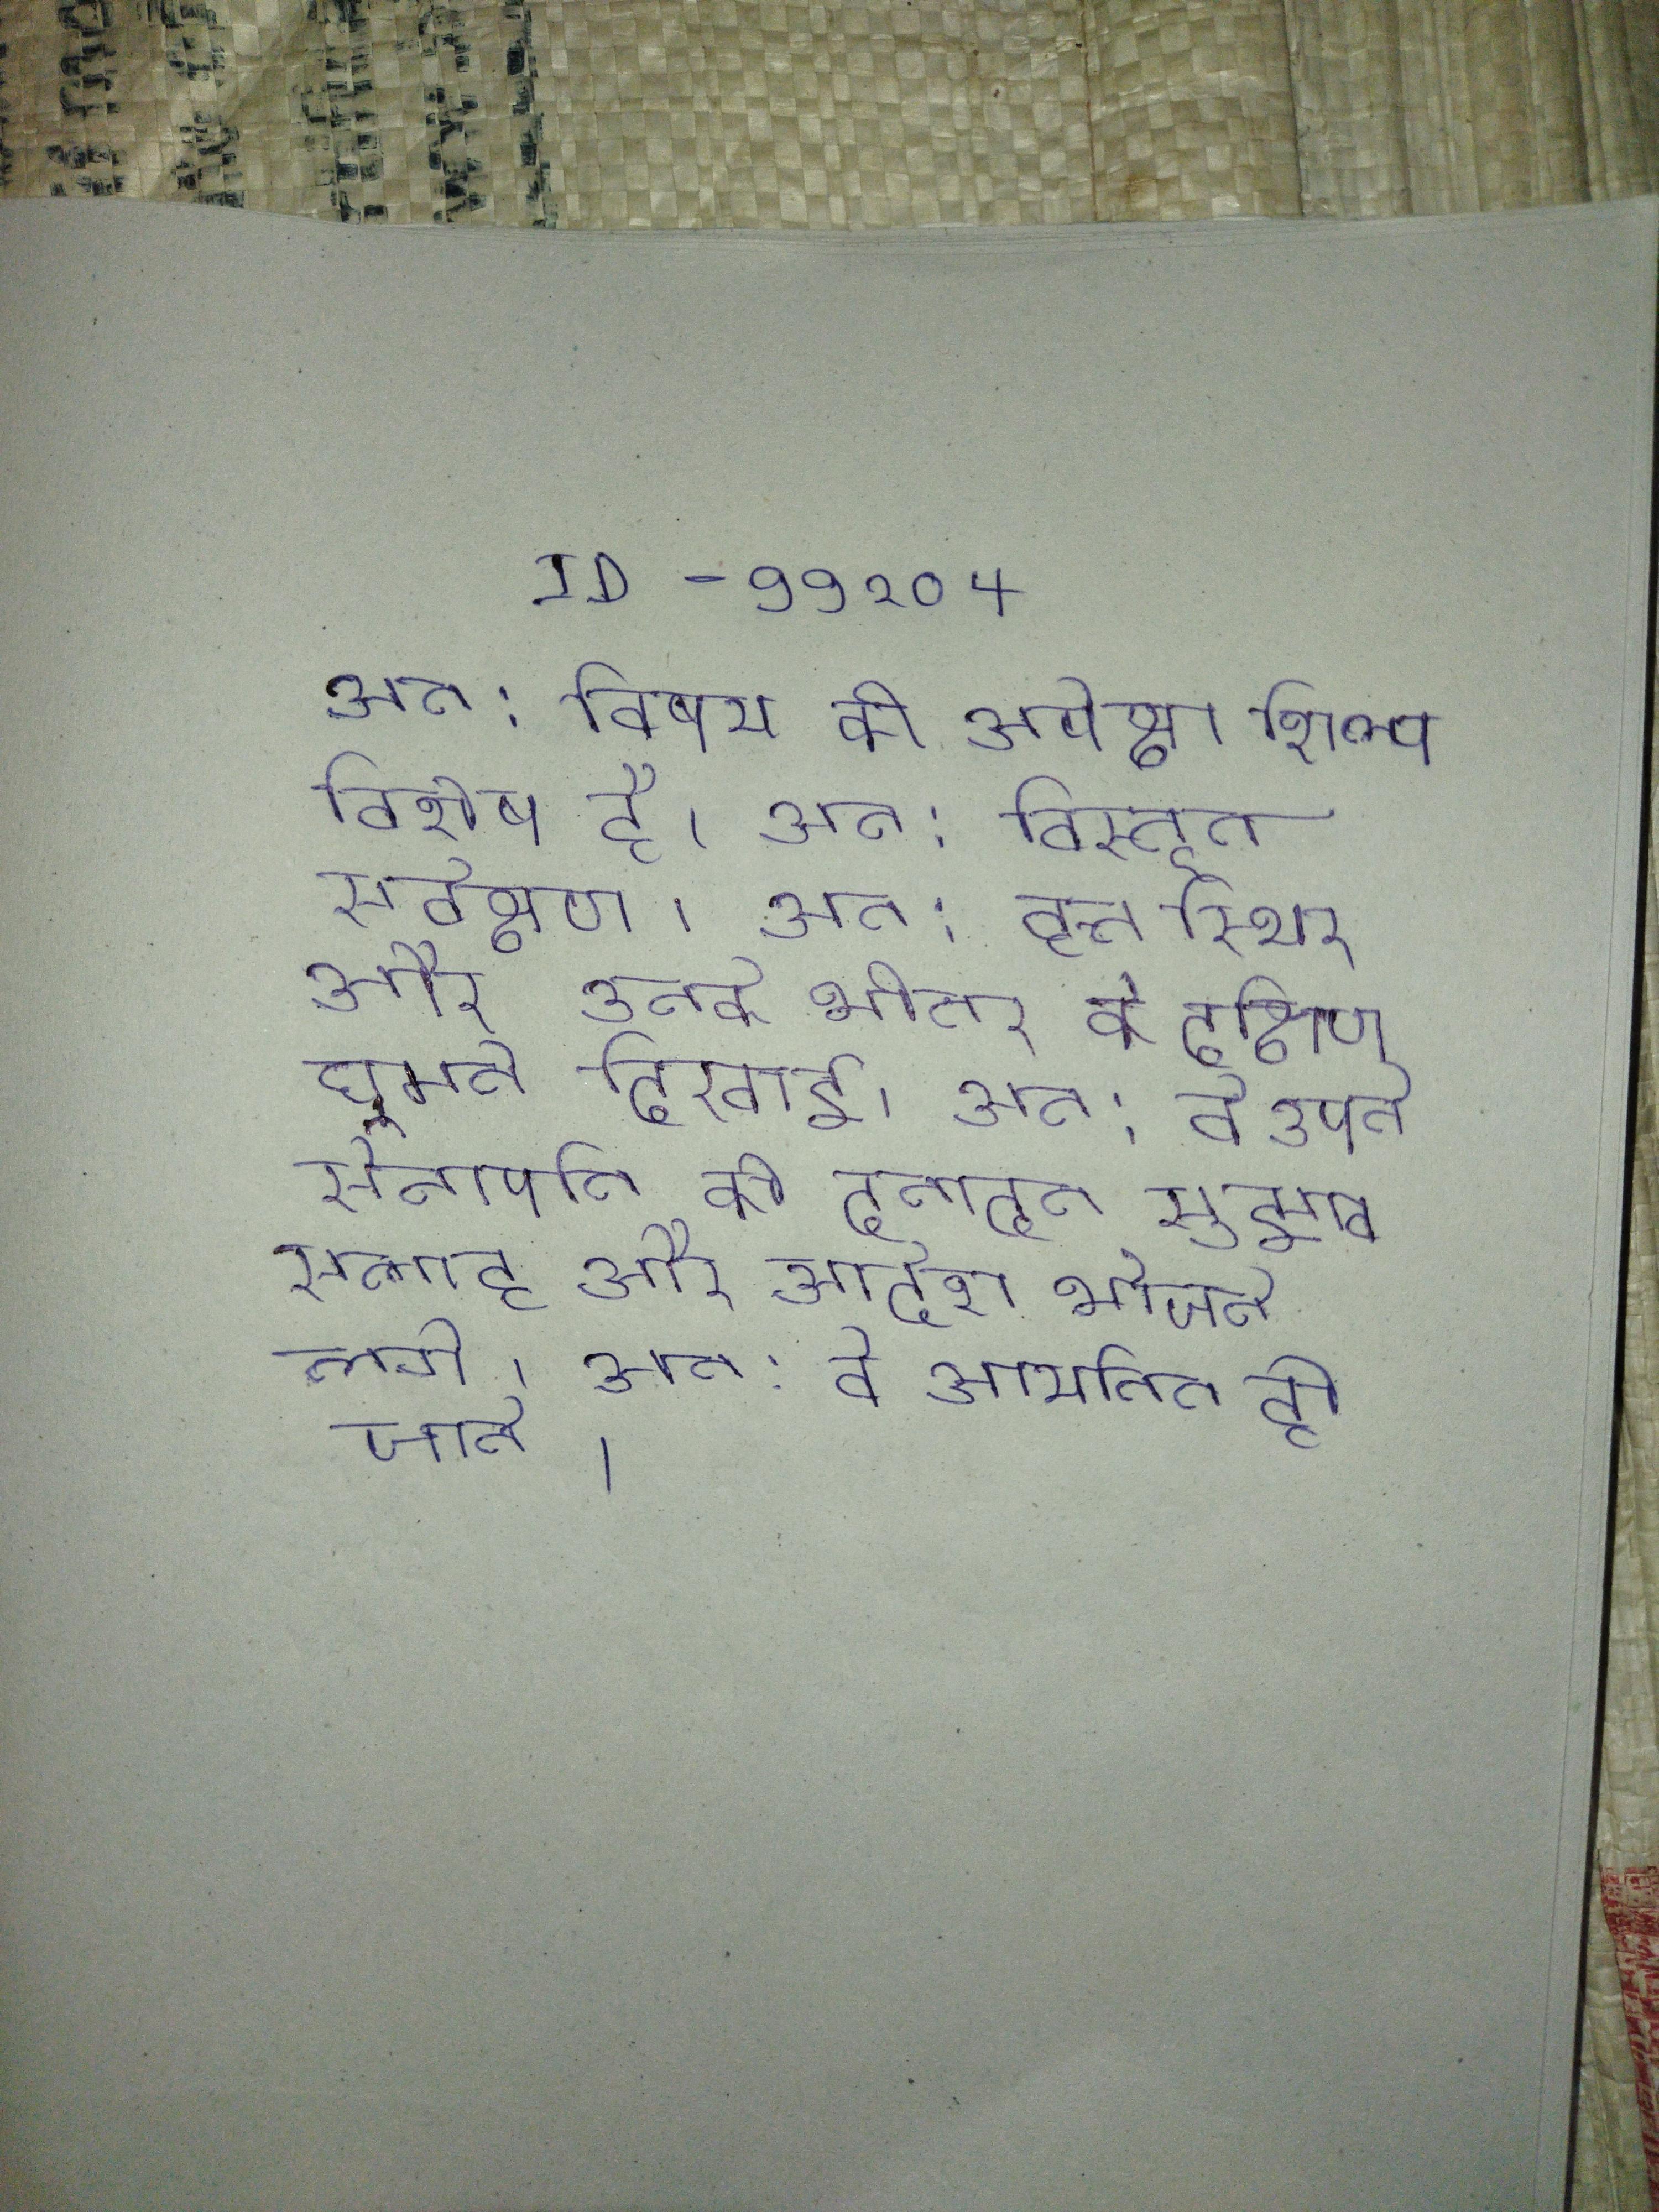
अत: विषय की अपेक्षा शिल्प विशेष है । अत: विस्तृत सर्वेक्षण । अत: वृत्त स्थिर और उनके भीतर के दक्षिणावर्त घूमते दिखाई । अत: वे अपने सेनापति को दनादन सुझाव, सलाह और आदेश भेजने लगे । अत: वे आयनित हो जाते ।